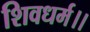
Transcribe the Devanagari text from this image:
शिवधर्म।।